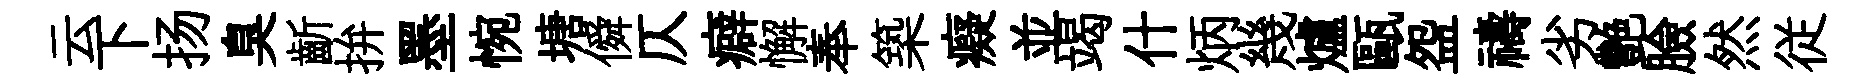
云下扬臭齗拚墨惋塘僢仄癖懈奉築癡並竭什炳幾爐甌盌禱劣艷臉然従